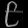
Digit: ၉